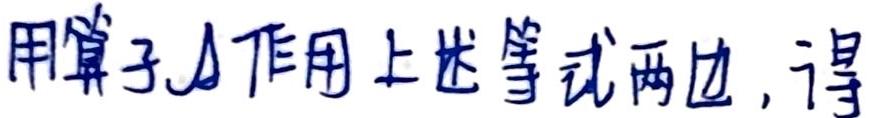
用算子$\Delta$作用上述等式两边，得